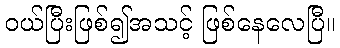
ဝယ်ပြီးဖြစ်၍အသင့် ဖြစ်နေလေပြီ။